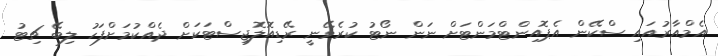
އެމްއާރުއައި ސްކޭން އެޕޮއިންޓްމަންޓަށް ނަން ނޯޓު ކުރެވޭނީ ރޭޑިއޮލޮޖިސްޓަކަށް ދެއްކުމަށްފަހު ލިބޭ ޗިޓު